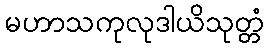
မဟာသကုလုဒါယိသုတ္တံ